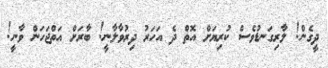
ދީގެން! ލާރިގަނޑުވެސް ކުރިޔަށް އޮތް ދެ އަހަރު ދިރުވާލާނީ! ބާރަށް އަތްޖަހަން ވާނީ!